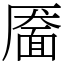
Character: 靥